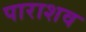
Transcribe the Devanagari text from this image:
पाराशव